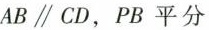
$$A B \parallel C D$$，PB平分